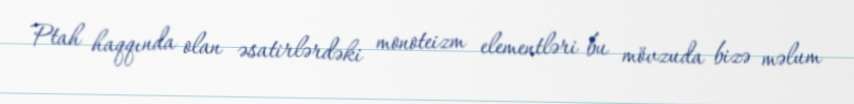
Ptah haqqında olan əsatirlərdəki monoteizm elementləri bu mövzuda bizə məlum